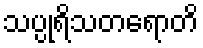
သပ္ပုရိသတရောတိ